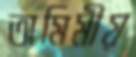
তামিমীয়